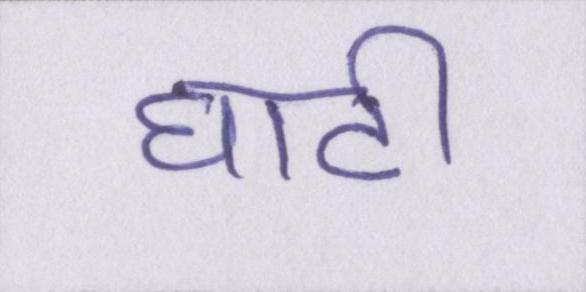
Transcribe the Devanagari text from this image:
घाटी